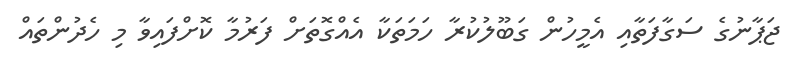
ޖަޕާނުގެ ސަގާފަތާއި އެމީހުން ގަބޫލުކުރާ ހަމަތަކާ އެއްގޮތަށް ފަރުމާ ކޮށްފައިވާ މި ހެދުންތައް